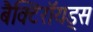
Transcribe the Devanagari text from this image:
बैक्टिरॉयड्स